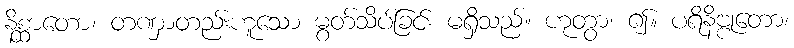
နိစ္ဆာတော၊ တဏှာတည်းဟူသော မွတ်သိပ်ခြင်း မရှိသည်။ ဟုတွာ၊ ၍။ ပရိနိဗ္ဗုတော၊